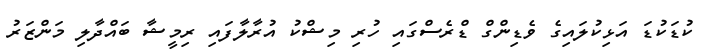
ކުޑަކުޑަ އަޅިކުލައިގެ ވެޑިންގް ޑްރެސްގައި ހުރި މިޝްކު އުރާލާފައި ރިމީޝާ ބައްދާލި މަންޒަރު